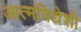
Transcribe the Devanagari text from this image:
आत्मविद्येशी